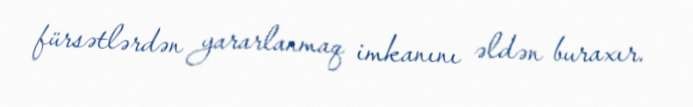
fürsətlərdən yararlanmaq imkanını əldən buraxır.